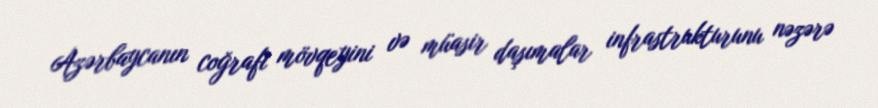
Azərbaycanın coğrafi mövqeyini və müasir daşımalar infrastrukturunu nəzərə